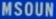
MSOUN